Indian journal of veterinary science and animal husbandry - Volume 12,
Year: 1942
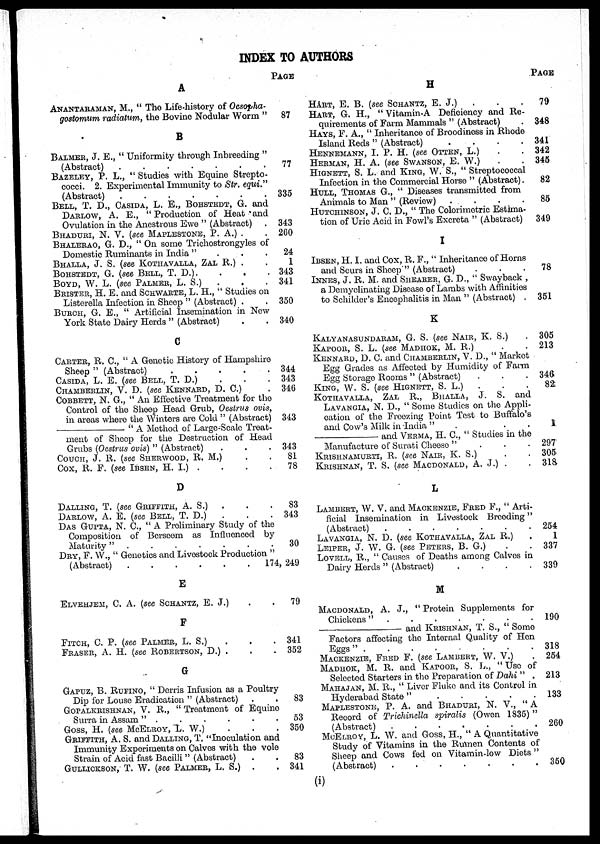
INDEX TO AUTHORS
A
ANANTARAMAN, M., " The Life-history of Oesopha-
gostomum radiaum, the Bovine Nodular Worm "
B
BALMER, J. E., " Uniformity through Inbreeding "
(Abstract)
.......
BAZELEY, P. L., " Studies with Equine Strepto-
cocci. 2. Experimental Immunity to Str. equi."
(Abstract)
.......
BELL, T. D., CASIDA, L. E., BOHSTEDT, G. and
DARLOW, A. E., " Production of Heat and
Ovulation in the Anestrous Ewe " (Abstract)
BHADURI, N. V. (see MAPLESTONE, P. A.) .
BHALERAO, G. D., " On some Trichostrongyles of
Domestic Ruminants in India " . . .
BHALLA, J. S. (see KOTHAVALLA, ZAL R.) .
BOHSTEDT, G. (see BELL, T. D.). . .
BOYD, W. L. (see PALMER, L. S.) . . .
BRISTER, H. E. and SCHWARTE, L. H., " Studies on
Listerella Infection in Sheep " (Abstract) . .
BURCH, G. E., " Artificial Insemination in Now
York State Dairy Herds " (Abstract) . .
C
CARTER, R. C, " A Genetic History of Hampshire
Sheep " (Abstract)
CASIDA, L. E. (see BELL, T. D.) . . .
CHAMBERLIN, V. D. (see KENNARD, D. C.)
COBBETT, N. G., " An Effective Treatment for the
Control of the Sheep Head Grub, Oestrus ovis,
in areas where the Winters are Cold " (Abstract)
—
" A Method of Large-Scale Treat-
ment of Sheep for the Destruction of Head
Grubs (Oestrus ovis) " (Abstract) . . .
COUCH, J. R. (see SHERWOOD, R. M.) . .
Cox, R. F. (see IBSEN, H. I.) . . . .
D
DALLING, T. (see GRIFFITH, A. S.) . . .
DARLOW, A. E. (see BELL, T. D.) . . .
DAS GUPTA, N. C., " A Preliminary Study of the
Composition of Berseem as Influenced by
Maturity" . . . . .
DRY, F. W., " Genetics and Livestock Production "
(Abstract)
E
ELVEHJEM, C. A. (see SCHANTZ, E. J.)
F
FITCH, C. P. (see PALMER, L. S.) . . .
FRASER, A. H. (see ROBERTSON, D.) . . . . .
G
GAPUZ, B. RUFINO, " Derris Infusion as a Poultry
Dip for Louse Eradication " (Abstract) . .
GOPALKRISHNAN, V. R., " Treatment of Equine
Surra in Assam " . . . .
Goss, H. (see McELROY, L. W.) . . . .
GRIFFITH, A. S. and DALLING, T, "Inoculation and
Immunity Experiments on Calves with the vole
Strain of Acid fast Bacilli " (Abstract) . .
GULLICKSON, T. W. (see PALMER, L. S.) . .
PAGE
87
77
335
343
260
24
1
343
341
350
340
344
343
346
343
343
81
78
83
343
30
174,249
79
341
352
83
53
350
83
341
H
HART, E. B. (see SCHANTZ, E. J.) . . .
HART, G. H., " Vitamin-A Deficiency and Re-
quirements of Farm Mammals " (Abstract)
HAYS, F. A., " Inheritance of Broodiness in Rhode
Island Reds " (Abstract)
....
HENNEMANN, I. P. H. (see OTTEN, L.) . .
HERMAN, H. A. (see SWANSON, E. W.) . .
HIGNETT, S. L. and KING, W. S., " Streptococcal
Infection in the Commercial Horse " (Abstract).
HULL, THOMAS G., " Diseases transmitted from
Animals to Man " (Review)
....
HUTCHINSON, J. C.D., " The Colorimetric Estima-
tion of Uric Acid in Fowl's Excreta " (Abstract)
I
IBSEN, H. I. and Cox, R. F., " Inheritance of Horns
and Scurs in Sheep" (Abstract)
INNES, J. R. M. and SHEARER, G. D., " Swayback ,
a Demyelinating Disease of Lambs with Affinities
to Schilder's Encephalitis in Man " (Abstract)
K
KALYANASUNDARAM, G. S. (see NAIR, K. S.)
KAPOOR, S. L. (see MADHOK, M. R.) . .
KENNARD, D. C. and CHAMBERLIN, V. D., " Market
Egg Grades as Affected by Humidity of Farm
Egg Storage Rooms " (Abstract) . . .
KING, W. S. (see HIGNETT, S. L.) . . .
KOTHAVALLA, ZAL R., BHALLA, J. S. and
LAVANGIA, N. D., " Some Studies on the Appli-
cation of the Freezing Point Test to Buffalo's
and Cow's Milk in India "
—and VERMA H.C., " Studies in the
Manufacture of Surati Cheese
"...
KRISHNAMURTI, R. (see NAIR, K. S.) . .
KRISHNAN, T. S. (see MACDONALD, A. J.) . .
L
LAMBERT, W. V. and MACKENZIE, FRED F., " Arti-
ficial Insemination in Livestock Breeding"
(Abstract)
.......
LAVANGIA, N. D. (see KOTHAVALLA, ZAL R.) .
LEIPER, J. W. G. (see PETERS, B. G.)
LOVELL, R., " Causes of Deaths among Calves in
Dairy Herds " (Abstract)
....
M
MACDONALD, A. J., " Protein Supplements
Chickens" .
—and
KRISHNAN, T. S., " Some
Factors affecting the Internal Quality of Hen
Eggs"
MACKENZIE, FRED F. (see LAMBERT, W. V.)
MADHOK, M. R. and KAPOOR, S. L., " Use of
Selected Starters in the Preparation of Dahi " .
MAHAJAN, M. R., " LIVER Fluke and its Control in
Hyderabad State "
MAPLESTONE, P. A. and BHADURI, N. V., "A
Record of Trichinella spiralis (Owen 1835) "
(Abstract)
.......
MCELROY, L. W. and Goss, H., " A Quantitative
Study of Vitamins in the Rumen Contents of
Sheep and Cows fed on Vitamin-low Diets "
(Abstract)
.......
PAGE
79
348
341
342
345
82
85
349
78
351
305
213
346
82
1
297
305
318
254
1
337
339
190
318
254
213
133
260
50
(i)